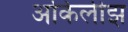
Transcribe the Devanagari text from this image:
अकिलीझ